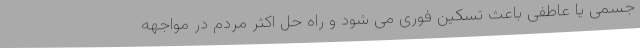
جسمی یا عاطفی باعث تسکین فوری می شود و راه حل اکثر مردم در مواجهه